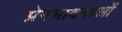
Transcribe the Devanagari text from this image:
प्रेमभावनाओं